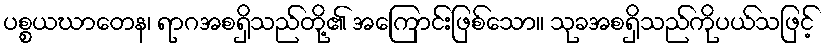
ပစ္စယဃာတေန၊ ရာဂအစရှိသည်တို့၏ အကြောင်းဖြစ်သော။ သုခအစရှိသည်ကိုပယ်သဖြင့်